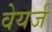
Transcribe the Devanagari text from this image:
वेयर्ज